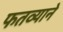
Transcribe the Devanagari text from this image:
फतव्याने